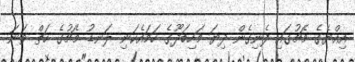
އިއްޔެގެ މެޗުގައި ފެނިގެން ދިޔަ މަހިބަދޫގެ ހަމައެކަނި ލަނޑު މެޗުގެ ހަތް ވަނަ